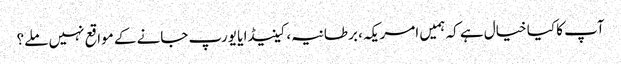
آپ کا کیا خیال ہے کہ ہمیں امریکہ، برطانیہ، کینیڈا یا یورپ جانے کے مواقع نہیں ملے؟